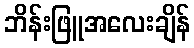
ဘိန်းဖြူအလေးချိန်